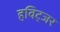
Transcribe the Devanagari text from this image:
हविट्जर